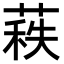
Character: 𦷍